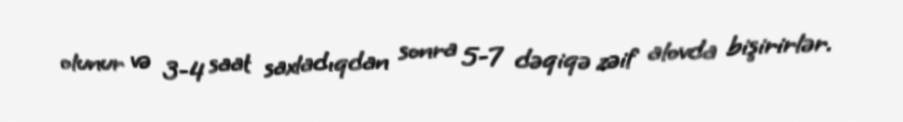
olunur və 3-4 saat saxladıqdan sonra 5-7 dəqiqə zəif alovda bişirirlər.